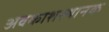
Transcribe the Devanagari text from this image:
अवकाशस्थानक